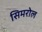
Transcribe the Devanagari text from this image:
सिमरोल